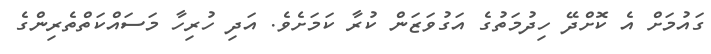
ގައުމަށް އެ ކޮށްދޭ ހިދުމަތުގެ އަގުވަޒަން ކުރާ ކަމަށެވެ. އަދި ހުރިހާ މަަސައްކަތްތެރިންގެ